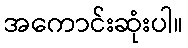
အကောင်းဆုံးပါ။